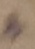
Text: +